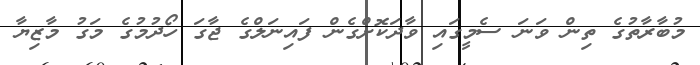
މުބާރާތުގެ ތިން ވަނަ ސެމީގައި ވާދަކޮށްގެން ފައިނަލްގެ ޖާގަ ހޯދުމުގެ މަގު މާޒިޔާ